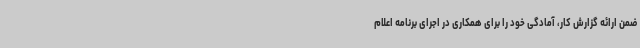
ضمن ارائه گزارش کار، آمادگی خود را برای همکاری در اجرای برنامه اعلام